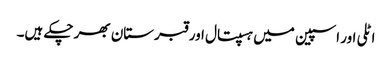
اٹلی اور اسپین میں ہسپتال اور قبرستان بھر چکے ہیں۔